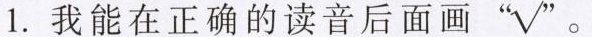
1.我能在正确的读音后面画“ \surd”